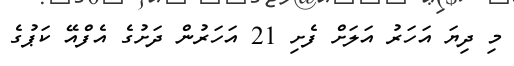
މި ދިޔަ އަހަރު އަލަށް ފެށި 21 އަހަރުން ދަށުގެ އެފްއޭ ކަޕުގެ